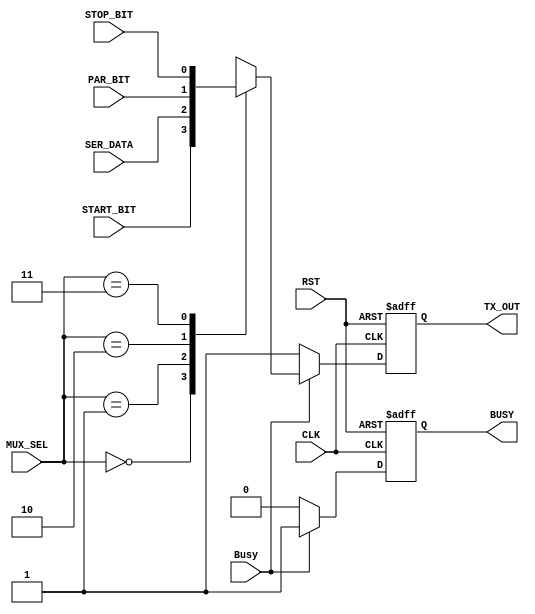
module TX_mux (
 input  wire [1:0] MUX_SEL,
 input  wire       Busy,
 input  wire       START_BIT,
 input  wire       SER_DATA,
 input  wire       PAR_BIT,
 input  wire       STOP_BIT,
 input  wire       CLK,RST,
 output reg        TX_OUT,BUSY
 );
 
 /* st b0->b7 pt sp */
 
 always @ (posedge CLK , negedge RST)
  begin
   if(!RST)
    begin
	 TX_OUT <= 0 ;
	 BUSY   <= 0 ;
    end
   else if(Busy) 
    begin
	 BUSY   <= 1 ;
     case(MUX_SEL)
	  2'b00:   TX_OUT <= START_BIT;
	  2'b01:   TX_OUT <= SER_DATA ;
	  2'b10:   TX_OUT <= PAR_BIT  ;
	  2'b11:   TX_OUT <= STOP_BIT ;
	 endcase
    end
   else
    begin
	 TX_OUT <= 1 ;
	 BUSY   <= 0 ;
	end
  end

endmodule